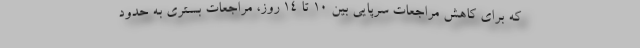
که برای کاهش مراجعات سرپایی بین ۱۰ تا ۱۴ روز، مراجعات بستری به حدود